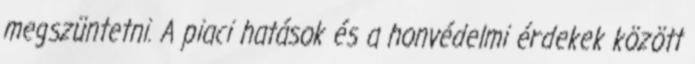
megszüntetni. A piaci hatások és a honvédelmi érdekek között